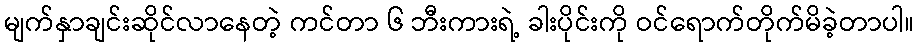
မျက်နှာချင်းဆိုင်လာနေတဲ့ ကင်တာ ၆ ဘီးကားရဲ့ ခါးပိုင်းကို ဝင်ရောက်တိုက်မိခဲ့တာပါ။